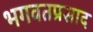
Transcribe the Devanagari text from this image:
भगवतप्रसाद